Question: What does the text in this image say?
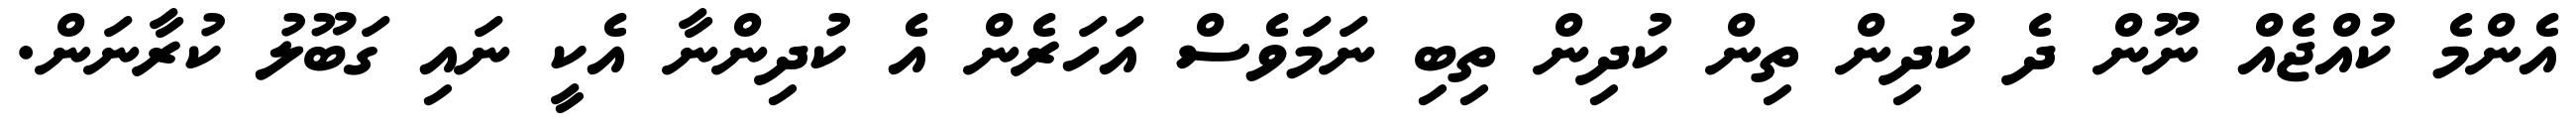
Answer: އެންމެ ކުއްޖެއް ނޫން ދެ ކުދިން ތިން ކުދިން ތިބި ނަމަވެސް އަހަރެން އެ ކުދިންނާ އެކީ ނައި ގަބޫލު ކުރާނަން.